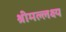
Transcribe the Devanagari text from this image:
श्रीमल्लक्ष्य